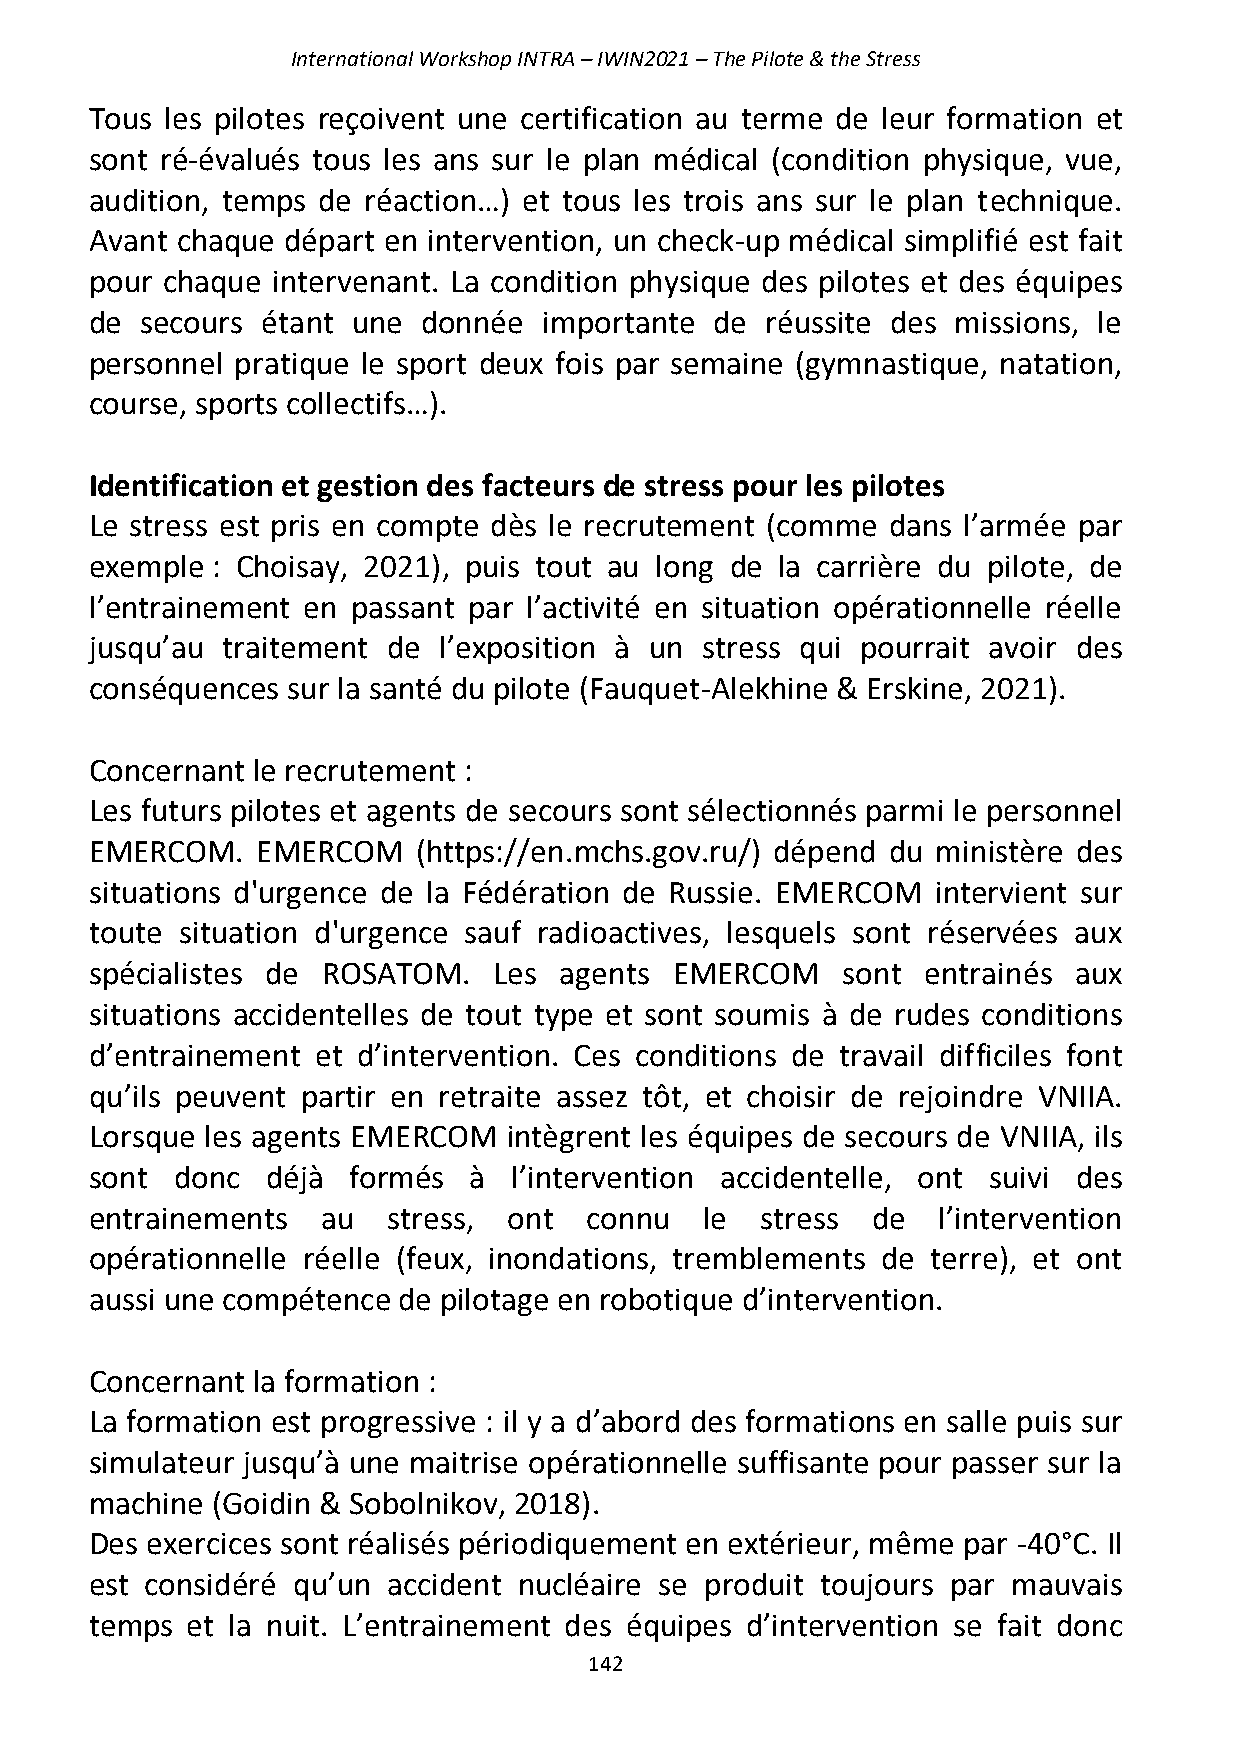
International Workshop INTRA – IWIN2021 – The Pilote & the Stress
 Tous les pilotes reçoivent une certification au terme de leur formation et
 sont ré-évalués tous les ans sur le plan médical (condition physique, vue,
 audition, temps de réaction…) et tous les trois ans sur le plan technique.
 Avant chaque départ en intervention, un check-up médical simplifié est fait
 pour chaque intervenant. La condition physique des pilotes et des équipes
 de secours étant une  donnée  importante de  réussite des missions, le
 personnel pratique le sport deux fois par semaine (gymnastique, natation,
 course, sports collectifs…).
 Identification et gestion des facteurs de stress pour les pilotes
 Le stress est pris en compte dès le recrutement (comme dans l’armée par
 exemple : Choisay, 2021), puis tout au long de la carrière du pilote, de
 l’entrainement en passant par l’activité en situation opérationnelle réelle
 jusqu’au traitement de l’exposition à un stress qui pourrait avoir des
 conséquences sur la santé du pilote (Fauquet-Alekhine & Erskine, 2021).
 Concernant le recrutement :
 Les futurs pilotes et agents de secours sont sélectionnés parmi le personnel
 EMERCOM.   EMERCOM    (https://en.mchs.gov.ru/) dépend du ministère des
 situations d'urgence de la Fédération de Russie. EMERCOM intervient sur
 toute situation d'urgence sauf radioactives, lesquels sont réservées aux
 spécialistes de ROSATOM.   Les agents  EMERCOM    sont entrainés aux
 situations accidentelles de tout type et sont soumis à de rudes conditions
 d’entrainement et d’intervention. Ces conditions de travail difficiles font
 qu’ils peuvent partir en retraite assez tôt, et choisir de rejoindre VNIIA.
 Lorsque les agents EMERCOM  intègrent les équipes de secours de VNIIA, ils
 sont donc   déjà formés  à  l’intervention accidentelle, ont suivi des
 entrainements  au   stress, ont  connu   le stress  de  l’intervention
 opérationnelle réelle (feux, inondations, tremblements de terre), et ont
 aussi une compétence de pilotage en robotique d’intervention.
 Concernant la formation :
 La formation est progressive : il y a d’abord des formations en salle puis sur
 simulateur jusqu’à une maitrise opérationnelle suffisante pour passer sur la
 machine (Goidin & Sobolnikov, 2018).
 Des exercices sont réalisés périodiquement en extérieur, même par -40°C. Il
 est considéré qu’un accident nucléaire se produit toujours par mauvais
 temps et la nuit. L’entrainement des équipes d’intervention se fait donc
 142